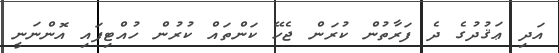
އަދި ޢަޤުދުގެ ދެ ފަރާތުން ކުރަން ޖެހޭ ކަންތައް ކުރުން ހުއްޓިފައި އޮންނަނީ